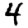
Digit: 4